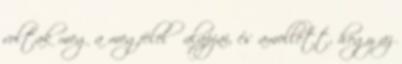
voltak meg a megfelelő alapjai, és amellett, hogy az